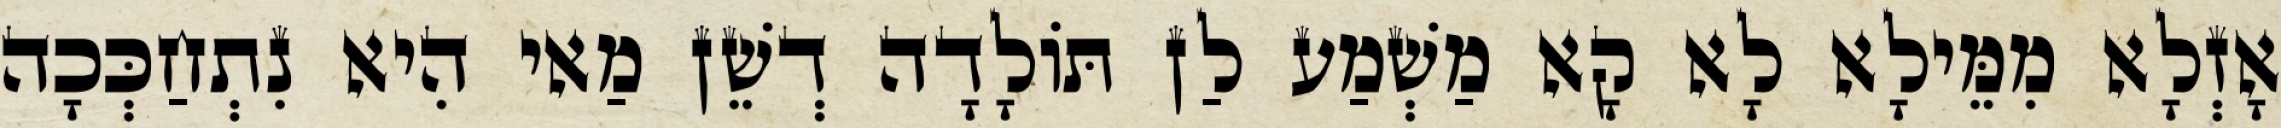
אָזְלָא מִמֵּילָא לָא קָא מַשְׁמַע לַן תּוֹלָדָה דְשֵׁן מַאי הִיא נִתְחַכְּכָה